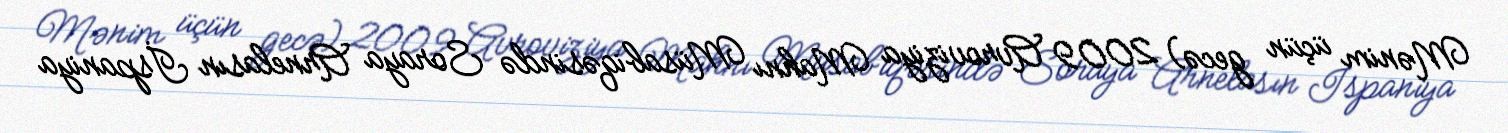
Mənim üçün gecə) 2009 Avroviziya Mahnı Müsabiqəsində Soraya Arnelasın İspaniya